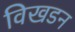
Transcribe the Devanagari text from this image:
विखडन